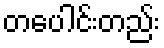
တပေါင်းတည်း